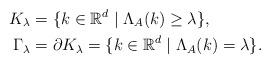
LaTeX: \begin{align*}K_{\lambda}&=\{k \in \mathbb{R}^d \mid \Lambda_A(k)\geq \lambda\},\\\Gamma_{\lambda}&=\partial K_{\lambda}=\{k \in \mathbb{R}^d \mid \Lambda_A(k)=\lambda\}.\end{align*}